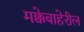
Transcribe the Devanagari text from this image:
मक्केबाहेरील